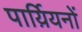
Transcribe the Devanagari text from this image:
पार्य़ियनों